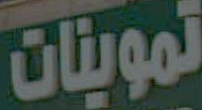
تموينات